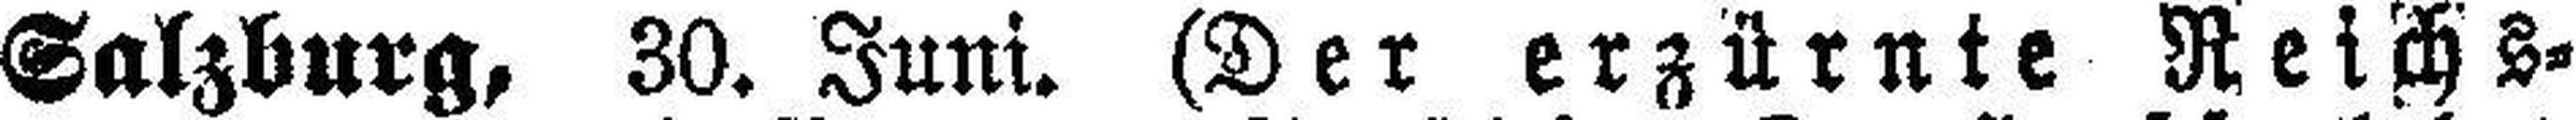
Salzburg, 30. Juni. (Der erzürnte Reichs¬